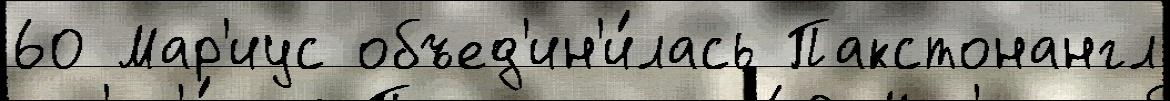
60 Мар'иус объед'ин'и́лась Пакстонангл